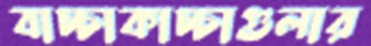
বাচ্চাকাচ্চাগুলার